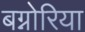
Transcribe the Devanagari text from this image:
बग्नोरिया